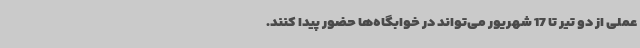
عملی از دو تیر تا 17 شهریور می‌تواند در خوابگاه‌ها حضور پیدا کنند.